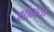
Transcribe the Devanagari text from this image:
क्षोभता